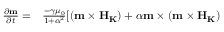
\begin{array} { c c } { \frac { { \partial } { \bf { m } } } { { \partial } t } = } & { \frac { - \gamma { \mu } _ { 0 } } { 1 + { \alpha } ^ { 2 } } [ ( { \bf { m } } \times { \bf { { H } } } _ { \bf { { K } } } ) + \alpha { \bf { m } } \times ( { \bf { m } } \times { \bf { { H } } } _ { \bf { { K } } } ) } \end{array}